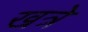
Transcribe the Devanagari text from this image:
खत्रे